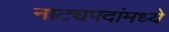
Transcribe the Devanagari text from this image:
नाट्यपदांमध्ये